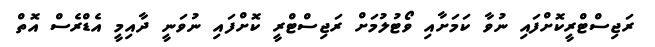
ރަޖިސްޓްރީކޮށްފައި ނުވާ ކަމަށާއި ވޯޓުލުމަށް ރަޖިސްޓްރީ ކޮށްފައި ނުވަނީ ދާއިމީ އެޑްރެސް އޮތް